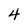
Character: 4